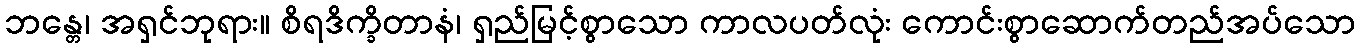
ဘန္တေ၊ အရှင်ဘုရား။ စိရဒိက္ခိတာနံ၊ ရှည်မြင့်စွာသော ကာလပတ်လုံး ကောင်းစွာဆောက်တည်အပ်သော